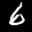
Digit: 6